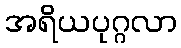
အရိယပုဂ္ဂလာ